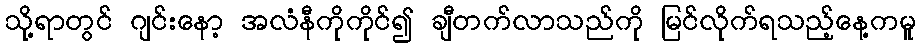
သို့ရာတွင် ဂျင်းနော့ အလံနီကိုကိုင်၍ ချီတက်လာသည်ကို မြင်လိုက်ရသည့်နေ့ကမူ